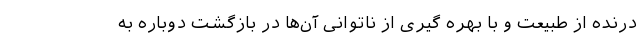
درنده از طبیعت و با بهره گیری از ناتوانی آن‌ها در بازگشت دوباره به